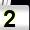
Digit: 2